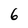
Character: 6